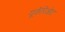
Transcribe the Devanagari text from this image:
यूकॅरिओट